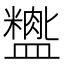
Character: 𬐺